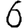
Digit: 6